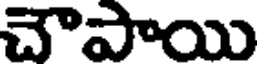
చౌపాయి